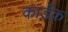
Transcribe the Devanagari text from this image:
कार्डेक